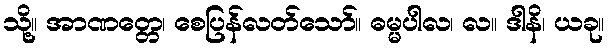
သို့။ အာဏတ္တေ၊ စေပြန်လတ်သော်။ ဓမ္မပါလ၊ လ။ ဒါနိ၊ ယခု။